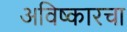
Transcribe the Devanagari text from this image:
अविष्कारचा